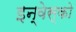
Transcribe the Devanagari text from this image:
इन्वेस्को